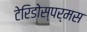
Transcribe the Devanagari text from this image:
टेरिडोस्पर्मस